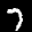
Label: 7